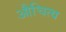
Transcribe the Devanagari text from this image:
औचित्‍य